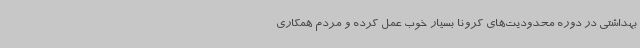
بهداشتی در دوره محدودیت‌های کرونا بسیار خوب عمل کرده و مردم همکاری